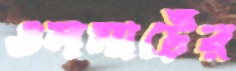
ওলমার্টের